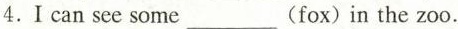
4.I can see some___(fox) in the zoo.